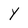
Character: Y